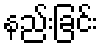
နည်းခြင်း